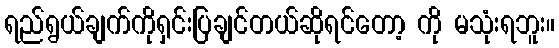
ရည်ရွယ်ချက်ကိုရှင်းပြချင်တယ်ဆိုရင်တော့ ကို မသုံးရဘူး။